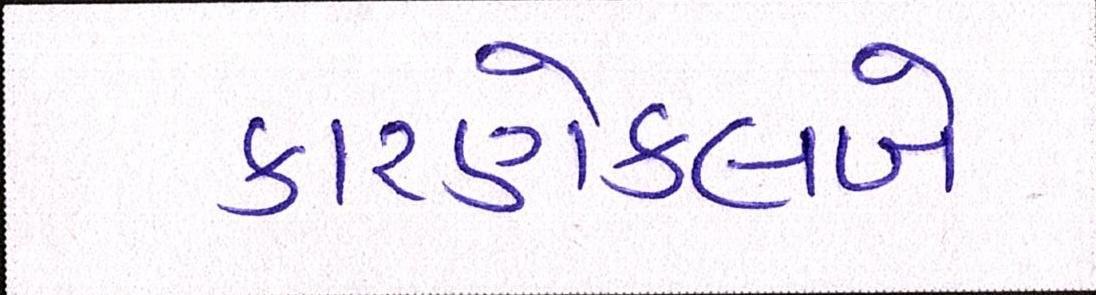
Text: કારણેક્લબે